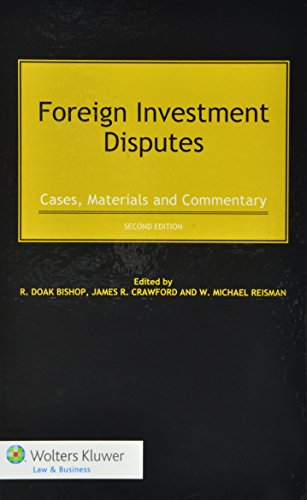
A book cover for Foreign Investment Disputes: Cases, Materials and Commentary; R. Doak Bishop; Law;